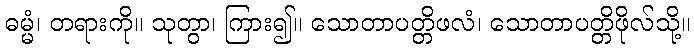
ဓမ္မံ၊ တရားကို။ သုတွာ၊ ကြား၍။ သောတာပတ္တိဖလံ၊ သောတာပတ္တိဖိုလ်သို့။